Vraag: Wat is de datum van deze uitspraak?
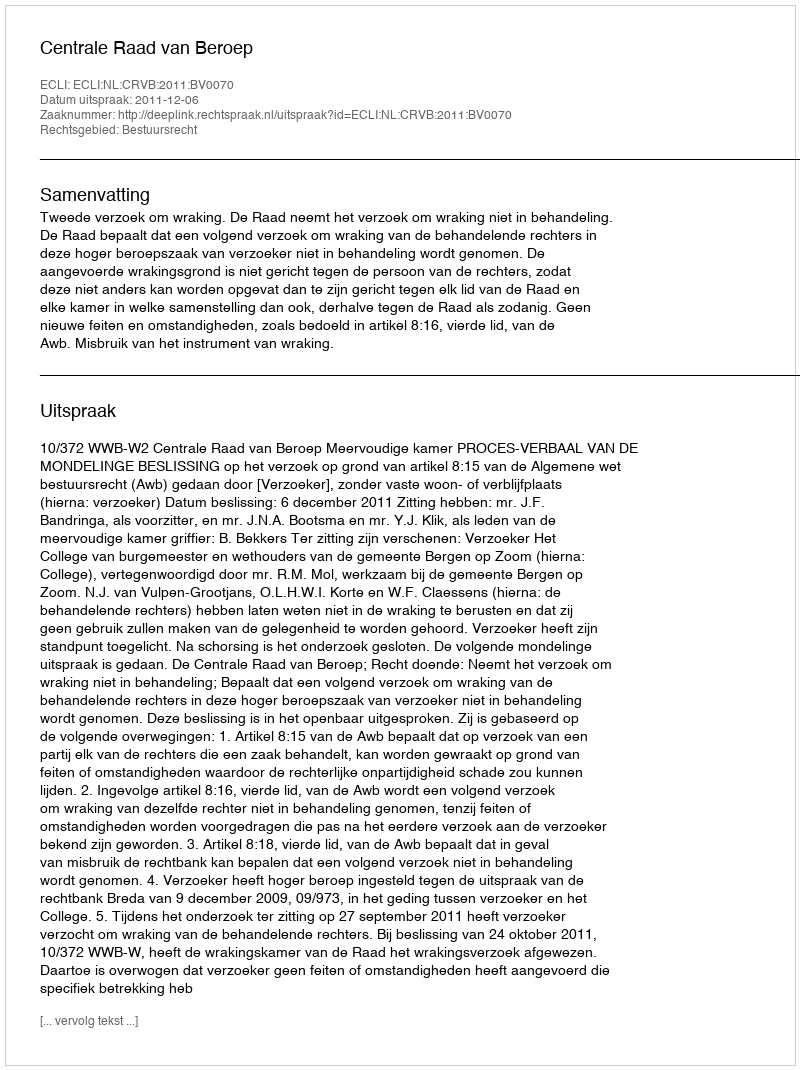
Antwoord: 2011-12-06